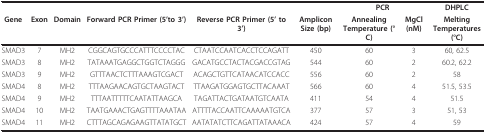
<table><thead><tr><td></td><td></td><td></td><td></td><td></td><td></td><td colspan="2"><b>PCR</b></td><td><b>DHPLC</b></td></tr><tr><td><b>Gene</b></td><td><b>Exon</b></td><td><b>Domain</b></td><td><b>Forward PCR Primer (5&#x27;to 3&#x27;)</b></td><td><b>Reverse PCR Primer (5&#x27; to 3&#x27;)</b></td><td><b>Amplicon Size (bp)</b></td><td><b>Annealing Temperature (°C)</b></td><td><b>MgCl (nM)</b></td><td><b>Melting Temperatures (°C)</b></td></tr></thead><tbody><tr><td>SMAD3</td><td>7</td><td>MH2</td><td>CGGCAGTGCCCATTTCCCCTAC</td><td>CTAATCCAATCACCTCCAGATT</td><td>450</td><td>60</td><td>3</td><td>60, 62.5</td></tr><tr><td>SMAD3</td><td>8</td><td>MH2</td><td>TATAAATGAGGCTGGTCTAGGG</td><td>GACATGCCTACTACGACCGTAG</td><td>544</td><td>60</td><td>2</td><td>60.2, 62.2</td></tr><tr><td>SMAD3</td><td>9</td><td>MH2</td><td>GTTTAACTCTTTAAAGTCGACT</td><td>ACAGCTGTTCATAACATCCACC</td><td>556</td><td>60</td><td>2</td><td>58</td></tr><tr><td>SMAD4</td><td>8</td><td>MH2</td><td>TTTAAGAACAGTGCTAAGTACT</td><td>TTAAGATGGAGTGCTTACAAAT</td><td>566</td><td>60</td><td>4</td><td>51.5, 53.5</td></tr><tr><td>SMAD4</td><td>9</td><td>MH2</td><td>TTTAATTTTTCAATATTAAGCA</td><td>TAGATTACTGATAATGTCAATA</td><td>411</td><td>54</td><td>4</td><td>51.5</td></tr><tr><td>SMAD4</td><td>10</td><td>MH2</td><td>TAATGAAACTGAGTTTTAAATAA</td><td>ATTTTACCAATTCAAAAATGTCA</td><td>377</td><td>57</td><td>3</td><td>51, 53</td></tr><tr><td>SMAD4</td><td>11</td><td>MH2</td><td>CTTTAGCAGAGAAGTTATATGCT</td><td>AATATATCTTCAGATTATAAACA</td><td>424</td><td>57</td><td>4</td><td>59</td></tr></tbody></table>